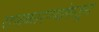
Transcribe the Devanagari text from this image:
राजकारण्यांकडून